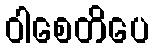
ဝါစေတိပေ